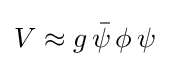
V\approx g\,{\bar {\psi }}\,\phi \,\psi